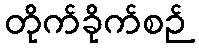
တိုက်ခိုက်စဉ်